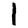
Digit: 1